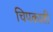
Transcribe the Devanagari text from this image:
चिपकाती